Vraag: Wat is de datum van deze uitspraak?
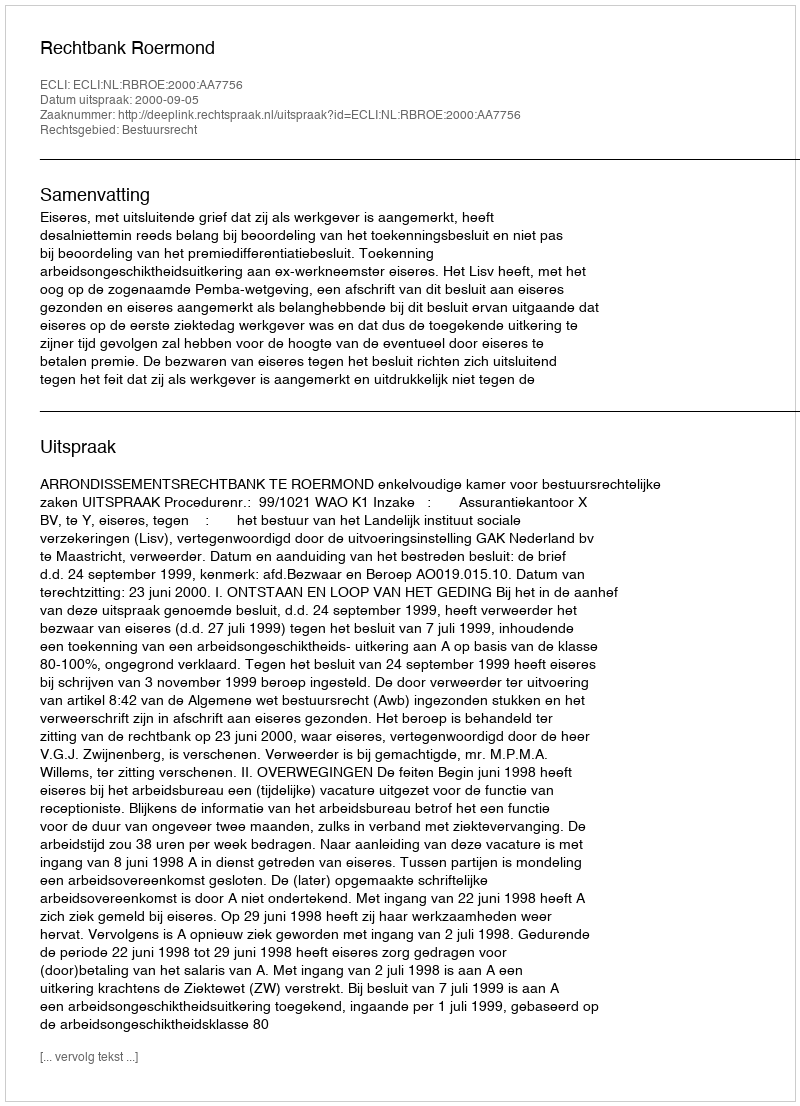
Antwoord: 2000-09-05